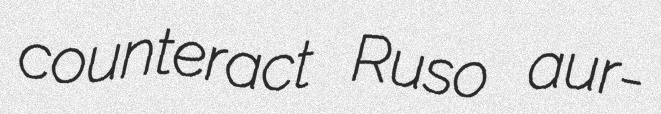
counteract Ruso aur-